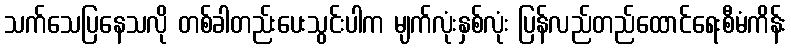
သက်သေပြနေသလို တစ်ခါတည်းပေးသွင်းပါက မျက်လုံးနှစ်လုံး ပြန်လည်တည်ထောင်ရေးစီမံကိန်း